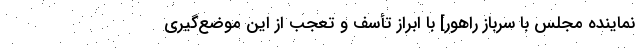
نماینده مجلس با سرباز راهور] با ابراز تأسف و تعجب از این موضع‌گیری